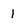
Character: 1